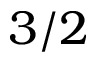
3 / 2